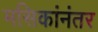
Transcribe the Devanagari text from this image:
मसिकांनंतर